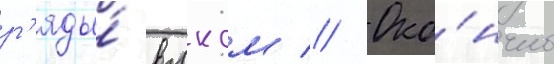
р'яды́ влксм // Око́нчив